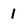
Character: 1